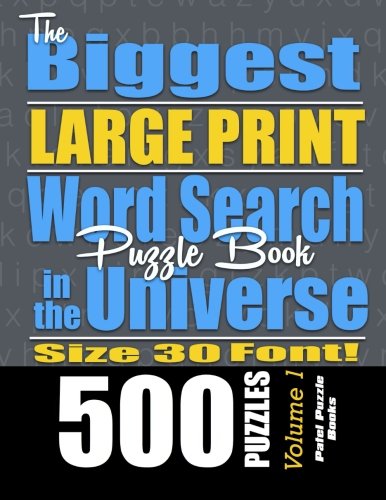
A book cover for The Biggest LARGE PRINT Word Search Puzzle Book in the Universe: 500 Puzzles, Size 30 Font (Volume 1); Patel Puzzle Books; Humor & Entertainment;